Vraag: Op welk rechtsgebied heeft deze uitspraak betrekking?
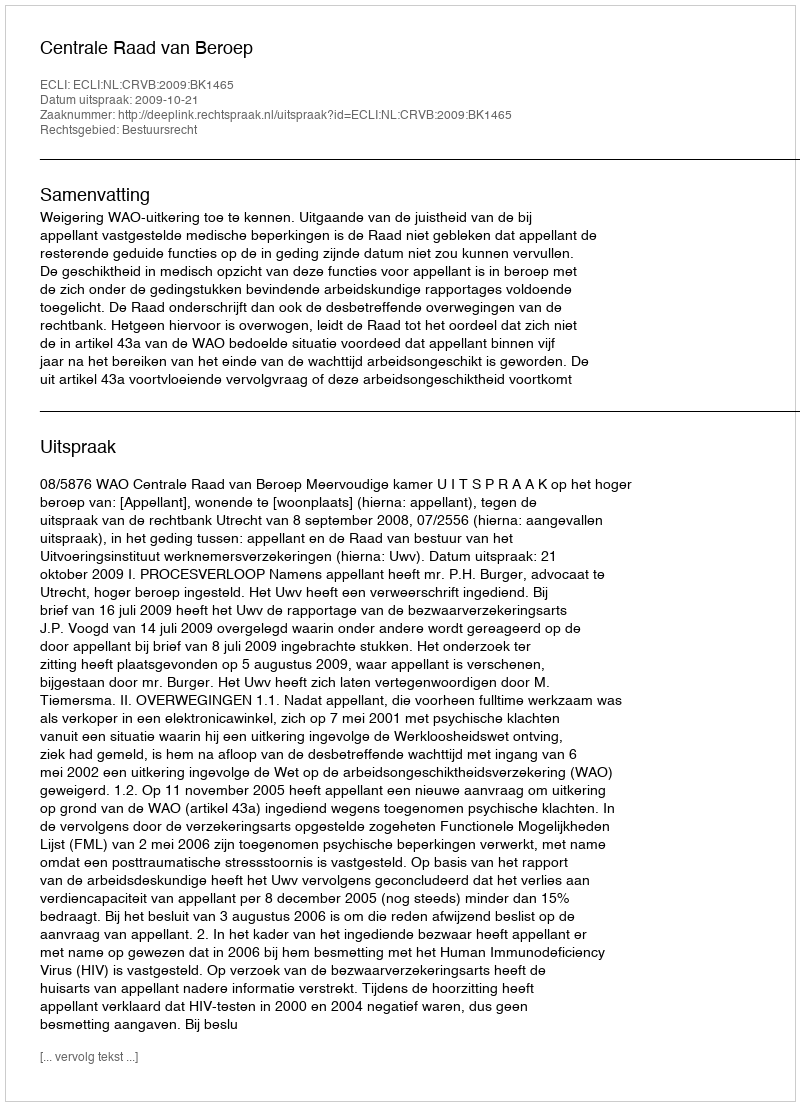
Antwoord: Bestuursrecht